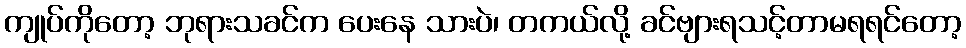
ကျုပ်ကိုတော့ ဘုရားသခင်က ပေးနေ သားပဲ၊ တကယ်လို့ ခင်ဗျားရသင့်တာမရရင်တော့